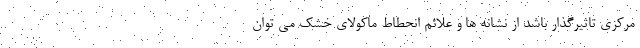
مرکزی تاثیرگذار باشد از نشانه ها و علائم انحطاط ماکولای خشک می توان